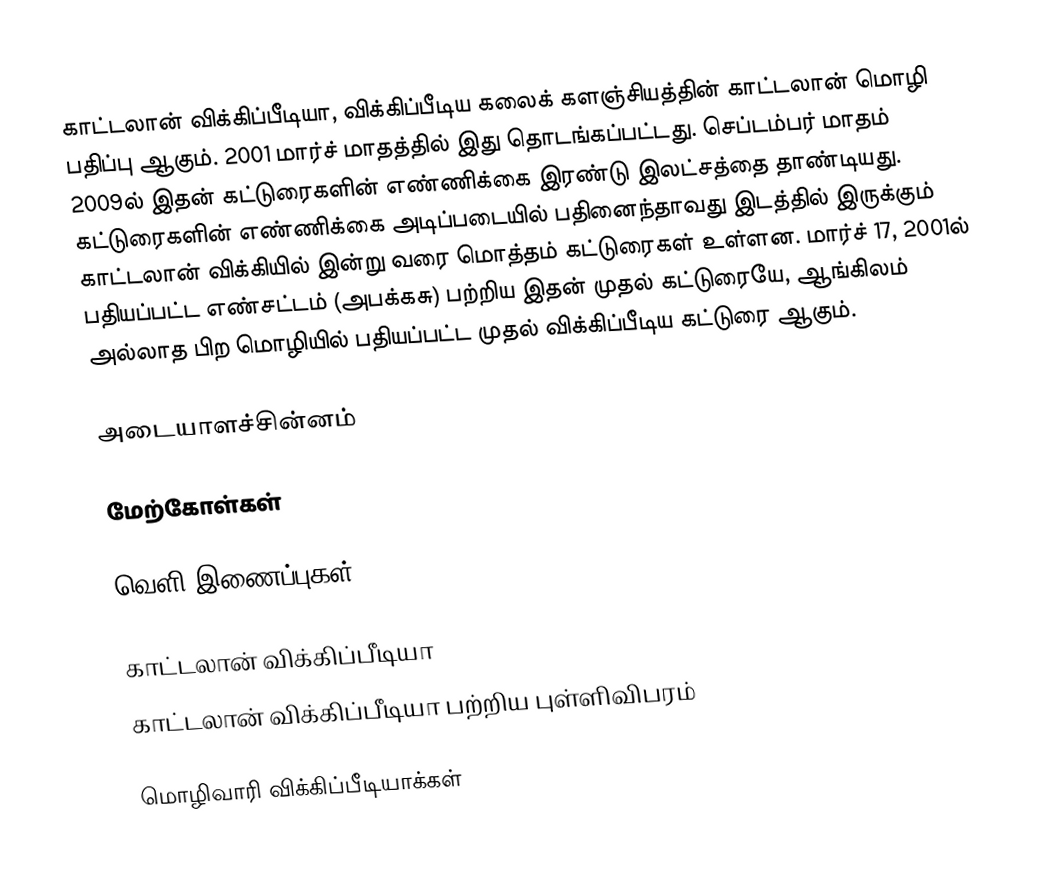
காட்டலான் விக்கிப்பீடியா, விக்கிப்பீடிய கலைக் களஞ்சியத்தின் காட்டலான் மொழி பதிப்பு ஆகும். 2001 மார்ச் மாதத்தில் இது தொடங்கப்பட்டது. செப்டம்பர் மாதம் 2009ல் இதன் கட்டுரைகளின் எண்ணிக்கை இரண்டு இலட்சத்தை தாண்டியது. கட்டுரைகளின் எண்ணிக்கை அடிப்படையில் பதினைந்தாவது இடத்தில் இருக்கும் காட்டலான் விக்கியில் இன்று வரை மொத்தம் கட்டுரைகள் உள்ளன. மார்ச் 17, 2001ல் பதியப்பட்ட எண்சட்டம் (அபக்கசு) பற்றிய இதன் முதல் கட்டுரையே, ஆங்கிலம் அல்லாத பிற மொழியில் பதியப்பட்ட முதல் விக்கிப்பீடிய கட்டுரை ஆகும்.

அடையாளச்சின்னம்

மேற்கோள்கள்

வெளி இணைப்புகள்

காட்டலான் விக்கிப்பீடியா
காட்டலான் விக்கிப்பீடியா பற்றிய புள்ளிவிபரம்

 மொழிவாரி விக்கிப்பீடியாக்கள்